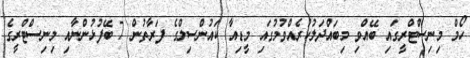
ހޯމް މިނިސްޓްރީގައި ބޭއްވި މިބައްދަލުކުރެއްވުމުގައި މީޑިއާ ކައުންސިލްގެ ފަރާތުން 7 ބޭފުޅުންނާއި މިނިސްޓްރީގެ